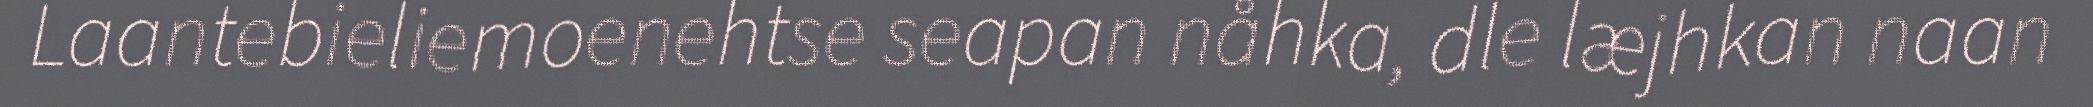
Laantebieliemoenehtse seapan nåhka, dle læjhkan naan